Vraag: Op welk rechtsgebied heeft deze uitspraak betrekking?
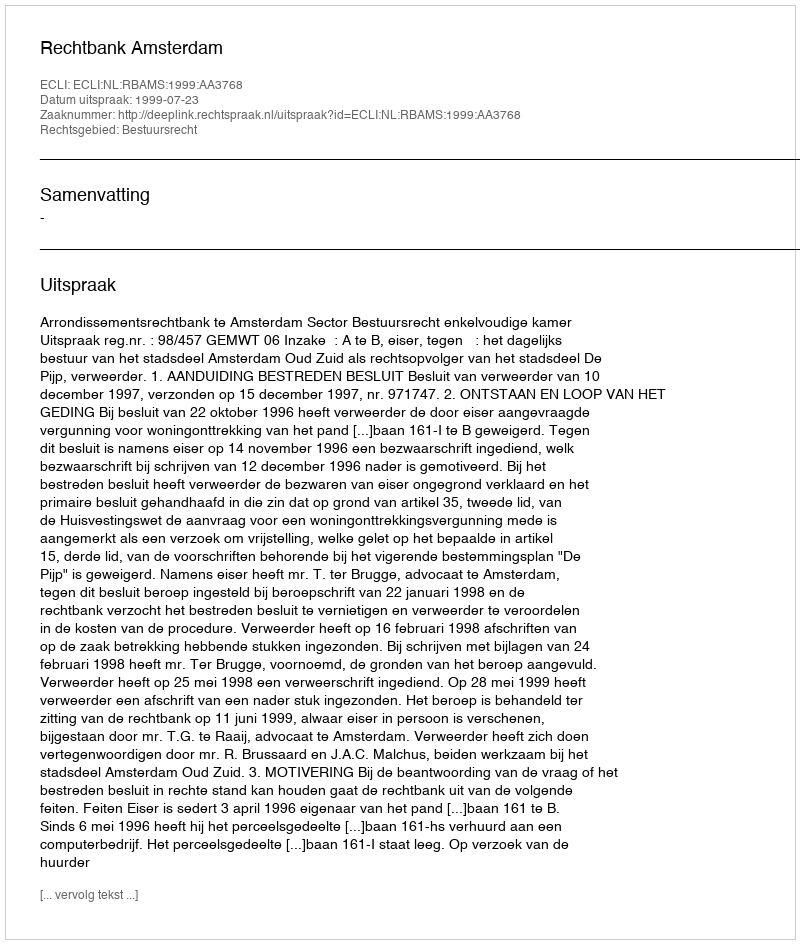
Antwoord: Bestuursrecht